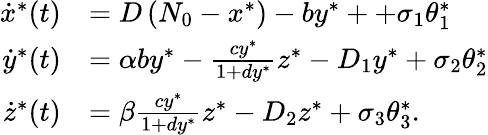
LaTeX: \begin{array}{rl}{\dot{x}^{*}(t)}&{=D\left(N_{0}-x^{*}\right)-by^{*}++\sigma_{1}\theta_{1}^{*}}\\ {\dot{y}^{*}(t)}&{=\alpha by^{*}-\frac{cy^{*}}{1+dy^{*}}z^{*}-D_{1}y^{*}+\sigma_{2}\theta_{2}^{*}}\\ {\dot{z}^{*}(t)}&{=\beta\frac{cy^{*}}{1+dy^{*}}z^{*}-D_{2}z^{*}+\sigma_{3}\theta_{3}^{*}.}\end{array}